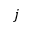
j